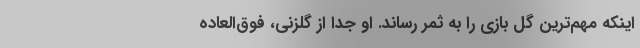
اینکه مهم‌ترین گل بازی را به ثمر رساند. او جدا از گلزنی، فوق‌العاده